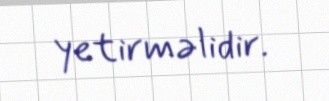
yetirməlidir.